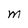
Character: M